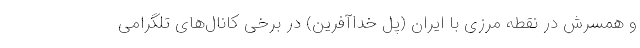
و همسرش در نقطه مرزی با ایران (پل خداآفرین) در برخی کانال‌های تلگرامی